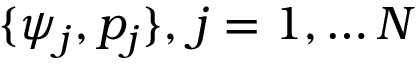
\{ \psi _ { j } , p _ { j } \} , \, j = 1 , \hdots N